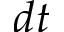
d t